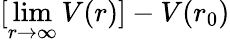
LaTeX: [\operatorname*{lim}_{r\to\infty}V(r)]-V(r_{0})